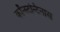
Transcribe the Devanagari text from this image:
कॉन्स्टन्टिनास